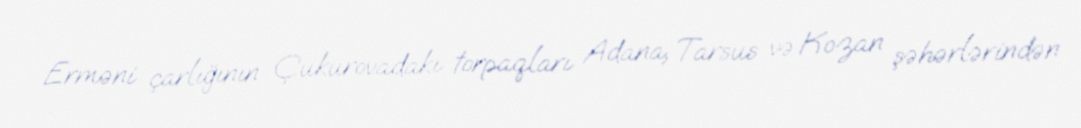
Erməni çarlığının Çukurovadakı torpaqları Adana, Tarsus və Kozan şəhərlərindən